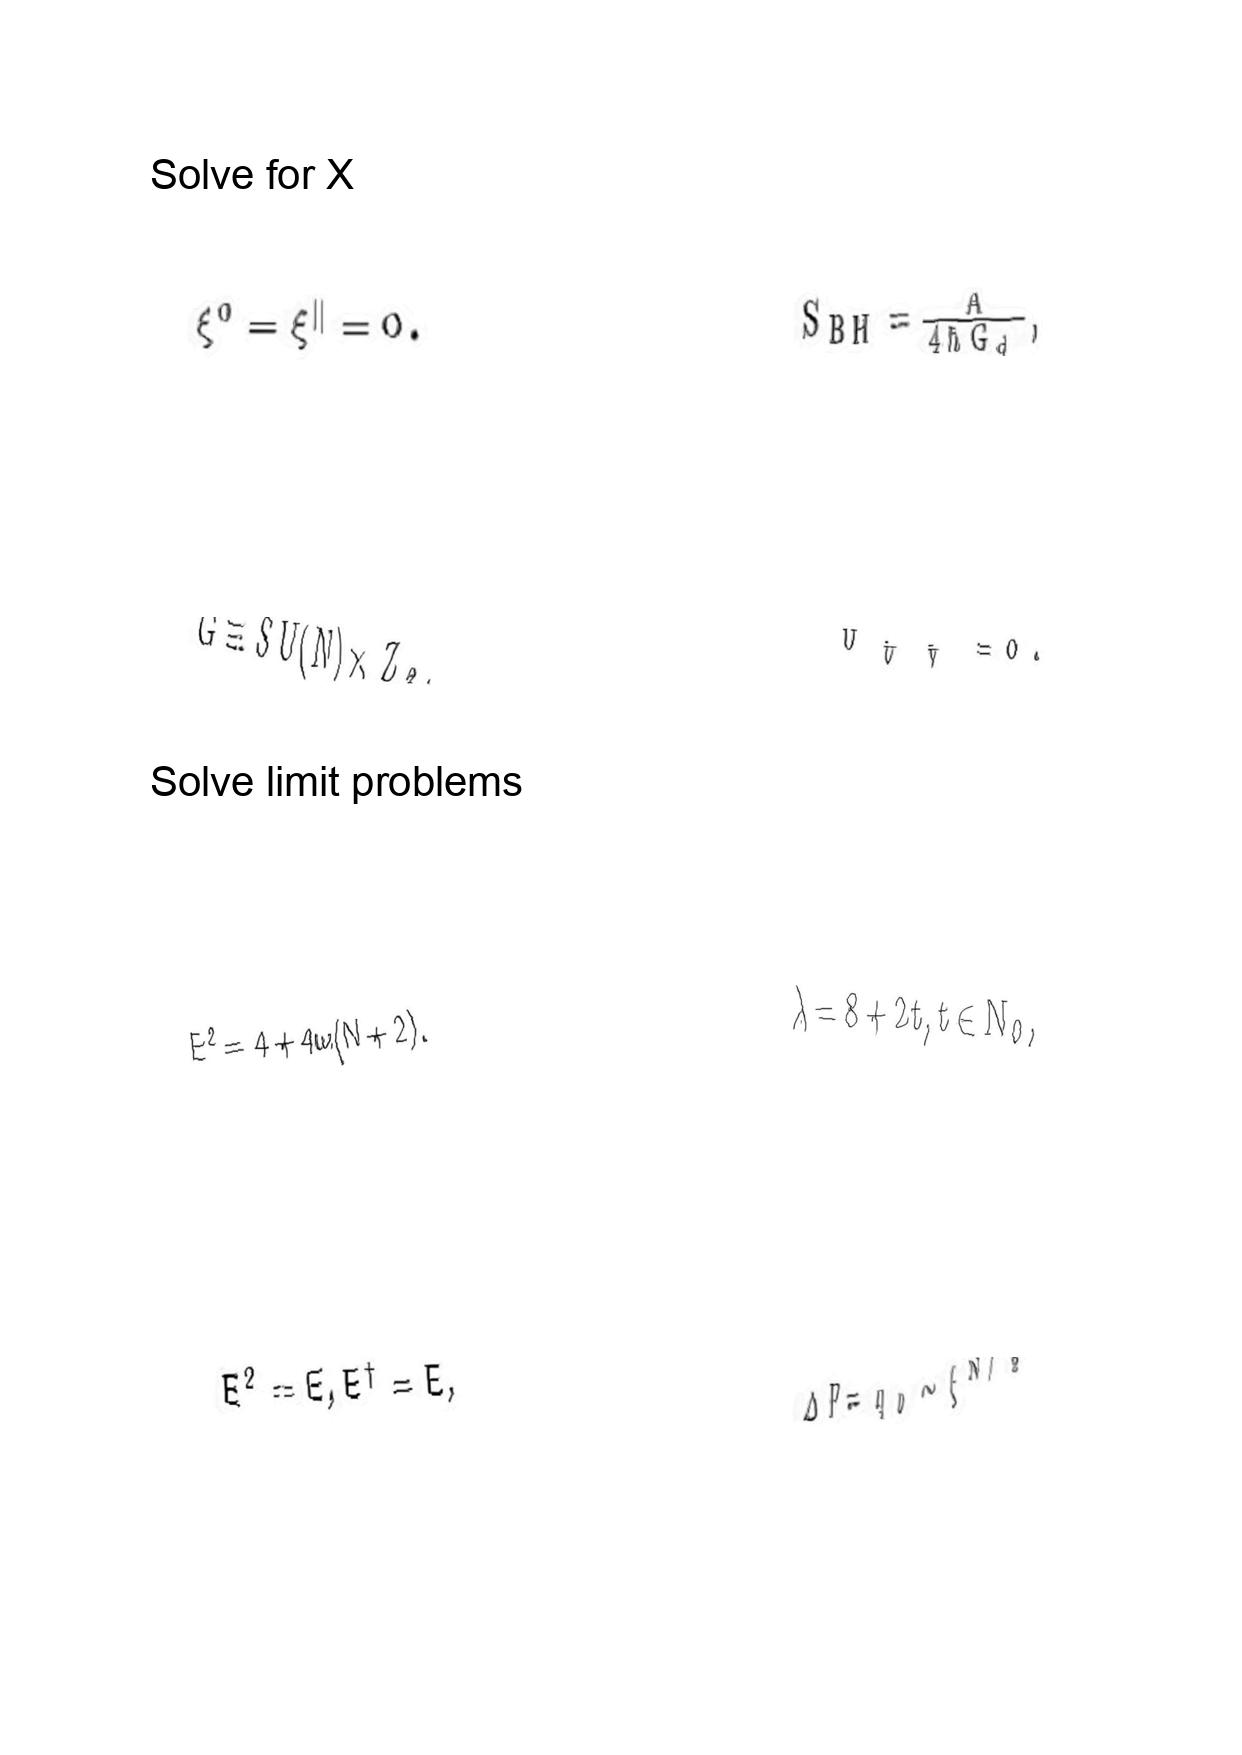
LaTeX transcription:
\xi ^ { 0 } = \xi ^ { \parallel } = 0 .
G \equiv S U \lparen N \rparen \times Z _ { 2 } ,
E ^ { 2 } = 4 + 4 \omega \lparen N + 2 \rparen .
E ^ { 2 } = E , E ^ { \dagger } = E ,
S _ { B H } = \frac { A } { 4 \hbar G _ { d } } ,
U _ { \hat { U } \hat { V } } = 0 .
\lambda = 8 + 2 t , t \in N _ { 0 } ,
\Delta F = q _ { 0 } \sim \xi ^ { N / 2 }